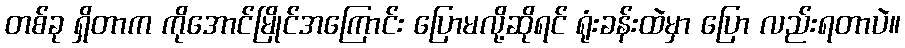
တစ်ခု ရှိတာက ကိုအောင်မြိုင်အကြောင်း ပြောမလို့ဆိုရင် ရုံးခန်းထဲမှာ ပြော လည်းရတာပဲ။